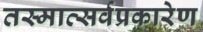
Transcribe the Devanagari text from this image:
तस्मात्सर्वप्रकारेण